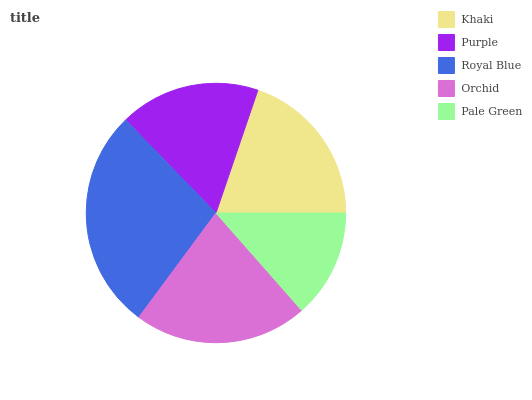
| Khaki | Purple | Royal Blue | Orchid | Pale Green |
 | --- | --- | --- | --- | --- |
 | 19.7% | 17.5% | 27.6% | 21.7% | 13.5% |